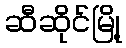
ဆီဆိုင်မြို့